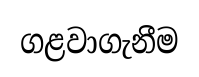
ගළවාගැනීම